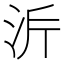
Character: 𭰂